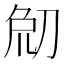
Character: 𠜰